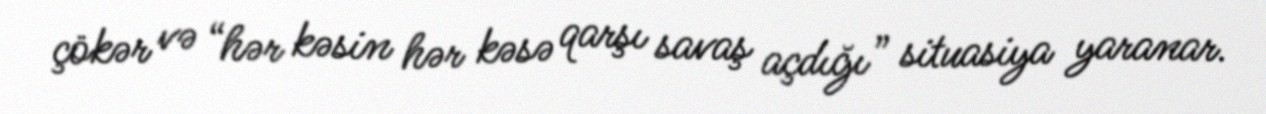
çökər və “hər kəsin hər kəsə qarşı savaş açdığı” situasiya yaranar.